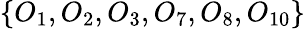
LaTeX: \{ O_{1},O_{2},O_{3},O_{7},O_{8},O_{10}\}